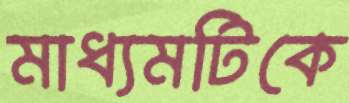
মাধ্যমটিকে